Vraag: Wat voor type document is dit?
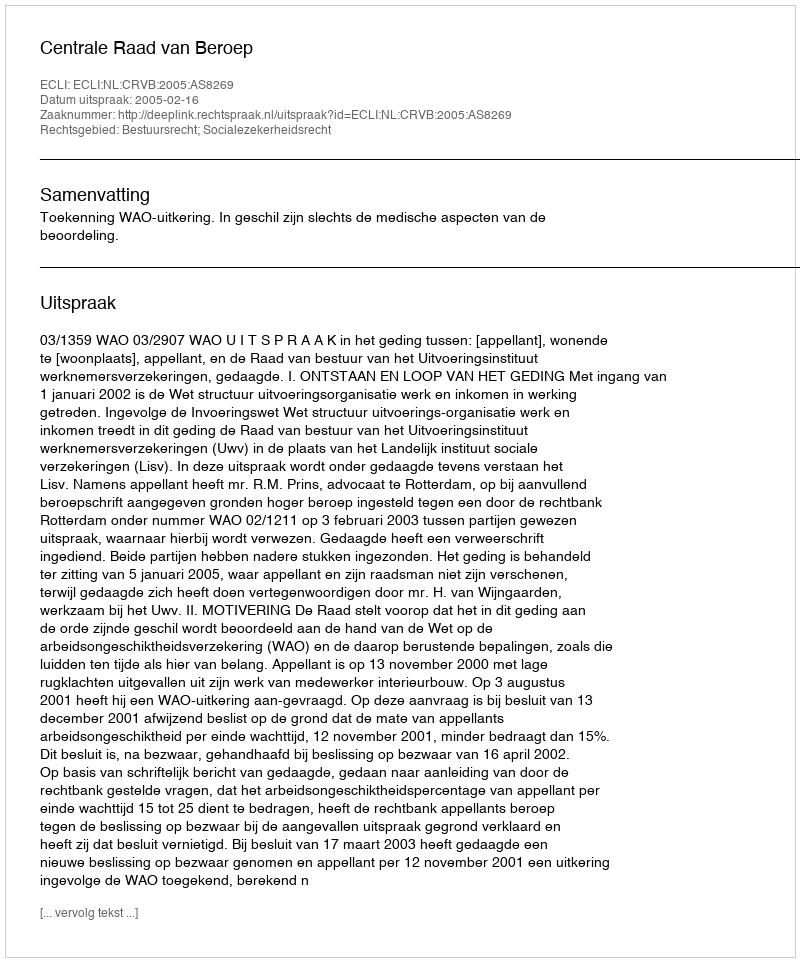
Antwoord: Uitspraak